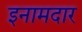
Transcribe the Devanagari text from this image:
इनामदार